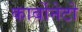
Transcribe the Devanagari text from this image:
कार्बोनेटो